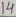
Text: 14